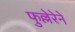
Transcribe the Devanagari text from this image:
फुल्लेरेने